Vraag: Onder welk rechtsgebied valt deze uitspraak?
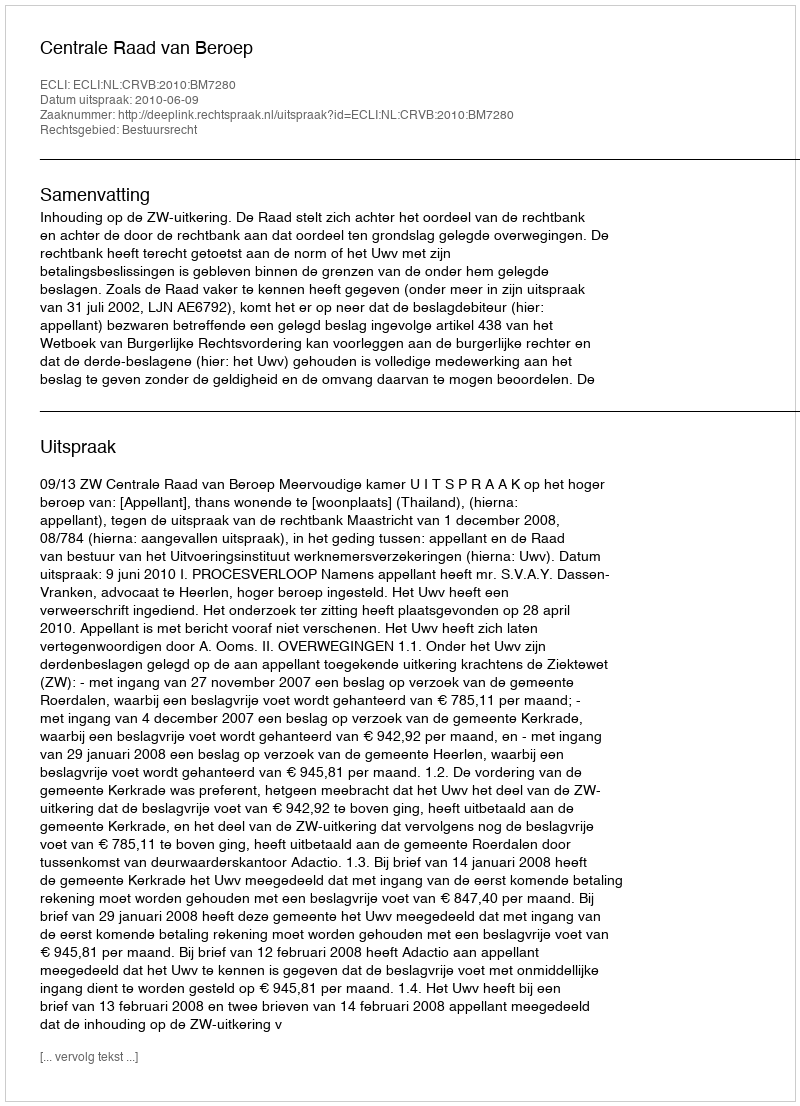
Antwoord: Bestuursrecht